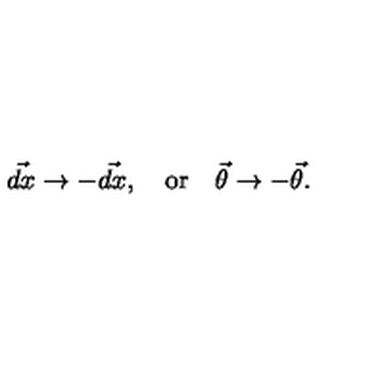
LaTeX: \vec { d x } \rightarrow - \vec { d x } , \quad \mathrm { o r } \quad \vec { \theta } \rightarrow - \vec { \theta } .